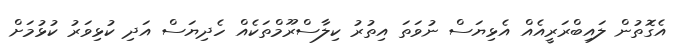
އެގޮތުން ލައިބްރަރީއެއް އެޅިޔަސް ނުވަތަ އިތުރު ކިލާސްރޫމްތަކެއް ހެދިޔަސް އަދި ކުޅިވަރު ކުޅުމަށް